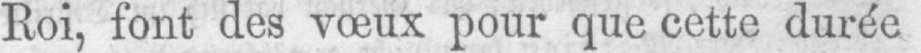
Roi, font des vœux pour que cette durée